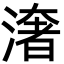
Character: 㵔